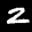
Label: 2